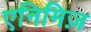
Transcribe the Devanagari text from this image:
एनिमिज़